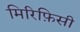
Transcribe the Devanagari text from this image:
मिरिफ़िसी